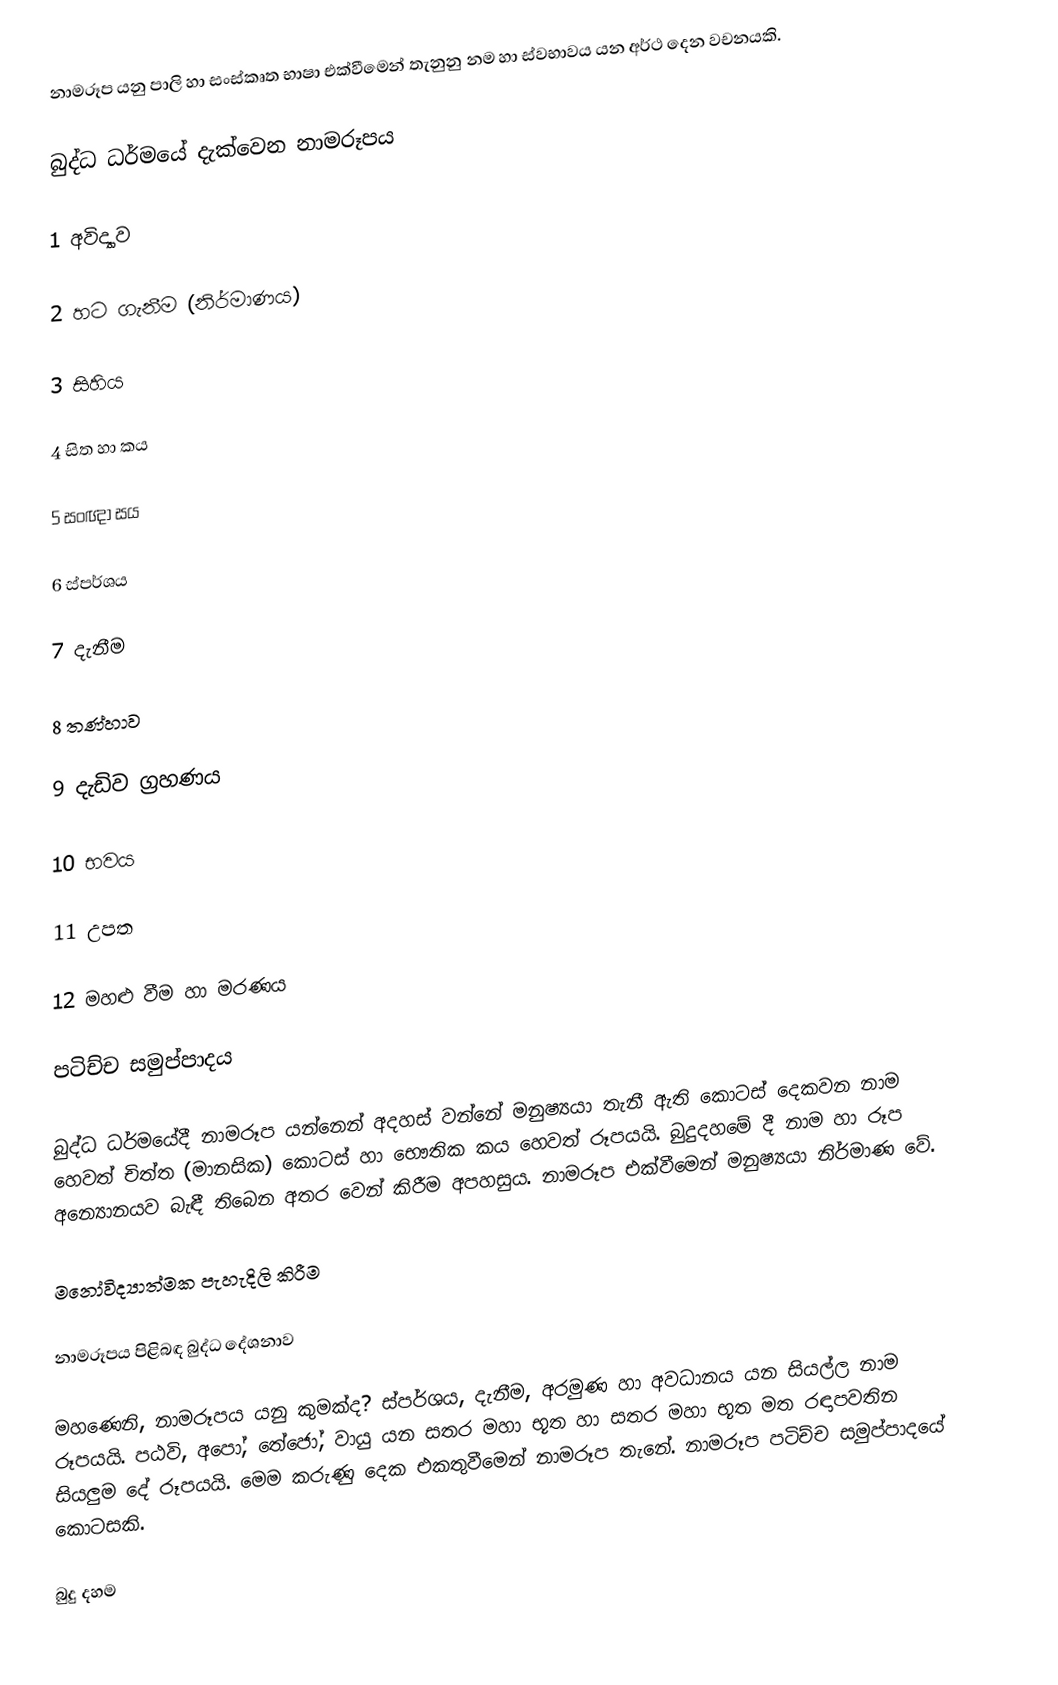
නාමරූප යනු පාලි හා සංස්කෘත භාෂා එක්වීමෙන් තැනුනු නම හා ස්වභාවය යන අර්ථ දෙන වචනයකි.

බුද්ධ ධර්මයේ දැක්වෙන නාමරූපය

1 අවිද්‍යාව

2 හට ගැනීම (නිර්මාණය)

3 සිහිය

4 සිත හා කය

5 සංඥා සය

6 ස්පර්ශය

7 දැනීම

8 තණ්හාව

9 දැඩිව ග්‍රහණය

10 භවය

11 උපත

12 මහළු වීම හා මරණය

පටිච්ච සමුප්පාදය

බුද්ධ  ධර්මයේදී නාමරූප යන්නෙන් අදහස් වන්නේ මනුෂ්‍යයා තැනී ඇති කොටස් දෙකවන නාම හෙවත් චිත්ත (මානසික) කොටස් හා භෞතික ‍කය හෙවත් රූපයයි. බුදුදහමේ දී නාම හා රූප අන්‍යොනයව බැඳී තිබෙන අතර වෙන් කිරීම අපහසුය. නාමරූප එක්වීමෙන් මනුෂ්‍යයා නිර්මාණ වේ.

මනෝවිද්‍යාත්මක පැහැදිලි කිරීම

නාමරූපය පිළිබඳ බුද්ධ දේශනාව

මහණෙනි, නාමරූපය යනු කුමක්ද? ස්පර්ශය, දැනීම, අරමුණ හා අවධානය යන සියල්ල නාම රූපයයි. පඨවි, අපෝ, තේ‍ජෝ, වායු යන සතර මහා භූත හා සතර මහා භූත මත රඳාපවතින සියලුම දේ රූපයයි. මෙම කරුණු දෙක එකතුවීමෙන් නාමරූප තැනේ. නාමරූප පටිච්ච සමුප්පාදයේ කොටසකි.

බුදු දහම